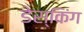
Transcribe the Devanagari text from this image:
डेस्किंग